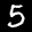
Label: 5